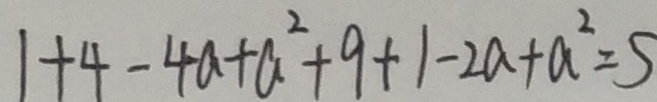
1 + 4 - 4 a + a ^ { 2 } + 9 + 1 - 2 a + a ^ { 2 } = 5